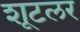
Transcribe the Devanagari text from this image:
शूटलर